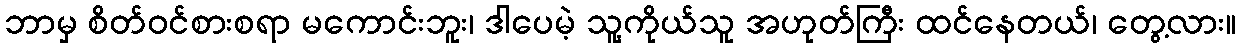
ဘာမှ စိတ်ဝင်စားစရာ မကောင်းဘူး၊ ဒါပေမဲ့ သူ့ကိုယ်သူ အဟုတ်ကြီး ထင်နေတယ်၊ တွေ့လား။